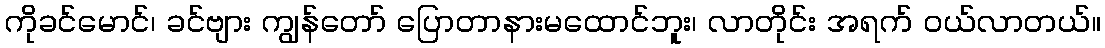
ကိုခင်မောင်၊ ခင်ဗျား ကျွန်တော် ပြောတာနားမထောင်ဘူး၊ လာတိုင်း အရက် ဝယ်လာတယ်။